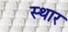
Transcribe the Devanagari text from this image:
स्थार